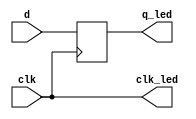
module my_dff 
 (
    input  clk,
    input d,	 
    output clk_led,   
	 output  q_led
);
    reg q;
           // Assignment on clock
    always @(posedge clk)
        q <= d;
          // LEDs
    assign  clk_led = clk;
    assign  q_led = q;
endmodule

module myRAM(
 input wire [1:0]addr,
 input  clk,
 input d,	 
 output clk_led,
 output d_led, 	 
 output [3:0]q_led,
 output RAM_bit
);
//DEMUX
wire [3:0] out;
assign out[0] = ~addr[1] & ~addr[0] & clk;
assign out[1] = ~addr[1] &  addr[0] & clk;
assign out[2] =  addr[1] & ~addr[0] & clk;
assign out[3] =  addr[1] &  addr[0] & clk; 

// another DEMUX
/*
 reg [3:0]out;
always @(posedge clk)
begin
  case( addr )
   2'd0: out = { 3'b000, clk      };
   2'd1: out = { 2'b00, clk, 1'b0 };
   2'd2: out = { 1'b0, clk, 2'b00 };
   2'd3: out = {      clk, 3'b000 };
  endcase
end
*/

my_dff trig0 (
.d(d),
.clk(out[0]),
.q_led(q_led[0])
);
my_dff trig1 (
.d(d),
.clk(out[1]),
.q_led(q_led[1])
);
my_dff trig2 (
.d(d),
.clk(out[2]),
.q_led(q_led[2])
);
my_dff trig3 (
.d(d),
.clk(out[3]),
.q_led(q_led[3])
);

//MUX
assign RAM_bit = addr [1]
        ? (addr [0] ? q_led[3] : q_led[2])
: (addr [0] ? q_led[1] : q_led[0]);

assign  d_led = d;
assign  clk_led = clk;
endmodule